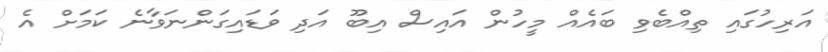
އަރިހުގައި ތިއްބެވި ބައެއް މީހުން އައިސް އިބޫ އަދި ވަޑައިގަންނަވާނެ ކަމަށް އެ